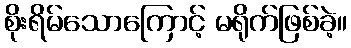
စိုးရိမ်သောကြောင့် မရိုက်ဖြစ်ခဲ့။